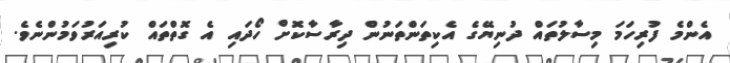
އެންމެ ފުރިހަމަ މިސާލުތައް ދުނިޔޭގެ އެކިތަންތަނުން ދިރާސާކޮށް ހޯދައި އެ ގޮތްތައް ކުރިއަރުވަމުންނެވެ.